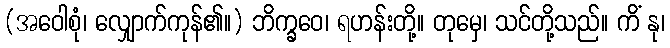
(အဝေါစုံ၊ လျှောက်ကုန်၏။) ဘိက္ခဝေ၊ ရဟန်းတို့။ တုမှေ၊ သင်တို့သည်။ ကိံ နု၊